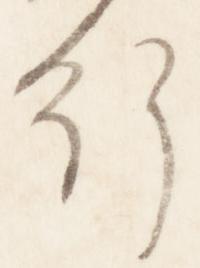
行